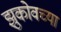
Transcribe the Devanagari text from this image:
झुकोवच्या